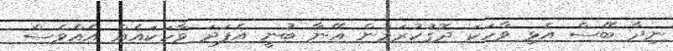
ނިދާ ބޭސް އެޅި ވާހަކަ ދޮގުކުރަމުން އޭނާ ބުނީ އެފަދަ ވާހަކައެއް އެއްވެސް